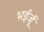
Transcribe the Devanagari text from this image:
भईर्जू